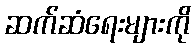
ဆက်ဆံရေးများကို